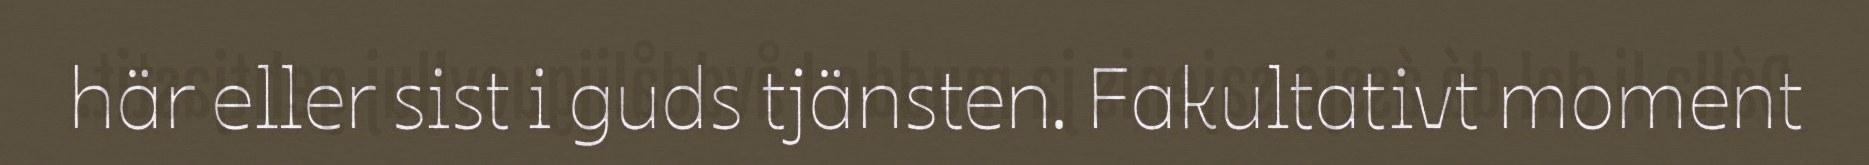
här eller sist i guds tjänsten. Fakultativt moment